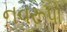
નવરૂપો